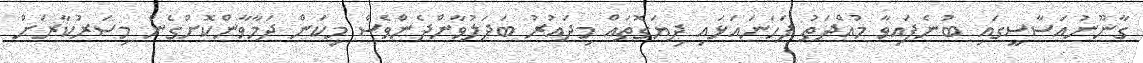
ގާނޫނުއަސާސީގައި ބުނެފައިވާ މުއްދަތު ފަހަނައަޅައި ދިޔަގޮތައް މިދައުރު ބަދަލުވާންދެންވެސް މިކަން ދަމާވާންކޮށްގެން މިސަރުކާރަށް